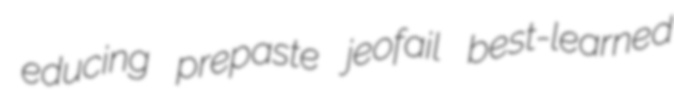
educing prepaste jeofail best-learned